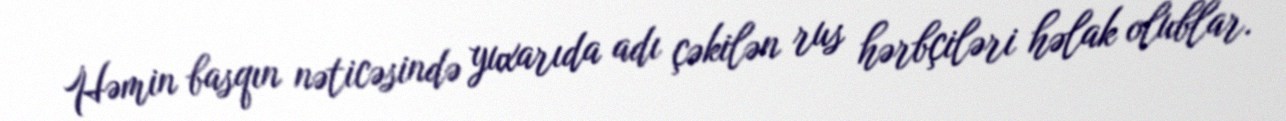
Həmin basqın nəticəsində yuxarıda adı çəkilən rus hərbçiləri həlak olublar.